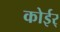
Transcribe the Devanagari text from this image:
कोईर्